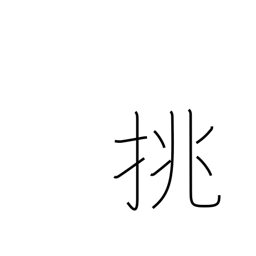
Meaning: make love to